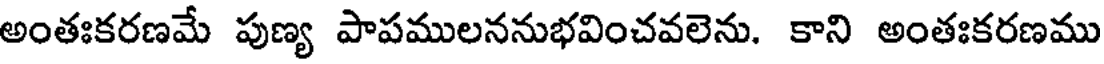
అంతఃకరణమే పుణ్య పాపములననుభవించవలెను. కాని అంతఃకరణము